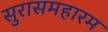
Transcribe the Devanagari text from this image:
सुरासमहारम